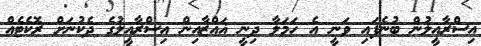
އިސްރާއީލުން ބުނެފައި ވަނީ އެ ހަމަލާ ދިނީ ޣައްޒާއިން އިސްރާއީލުގެ ދެކުނަށް ރޮކެޓެއް